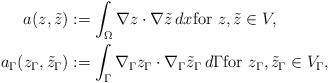
LaTeX: \begin{align*}a(z,\tilde{z}) & := \int_\Omega \nabla z \cdot \nabla \tilde{z} \,dx {\rm for~} z, \tilde{z} \in V, \\a_\Gamma (z_\Gamma,\tilde{z}_\Gamma) & := \int_\Gamma \nabla _\Gamma z_\Gamma \cdot \nabla _\Gamma \tilde{z}_\Gamma \, d\Gamma{\rm for~} z_\Gamma, \tilde{z}_\Gamma \in V_\Gamma,\end{align*}